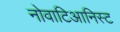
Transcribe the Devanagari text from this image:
नोवाटिआनिस्ट